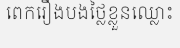
ពេករឿងបងថ្លៃខ្លួនឈ្លោះ